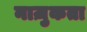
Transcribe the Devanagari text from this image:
नाज़ुकता